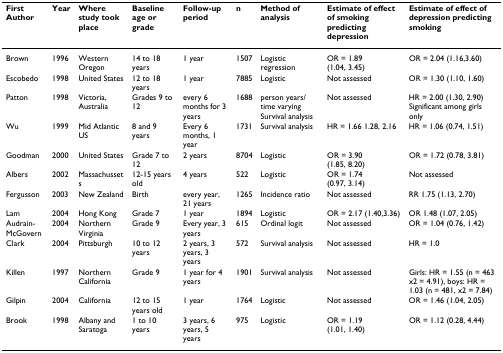
<table><thead><tr><td><b>First Author</b></td><td><b>Year</b></td><td><b>Where study took place</b></td><td><b>Baseline age or grade</b></td><td><b>Follow-up period</b></td><td><b>n</b></td><td><b>Method of analysis</b></td><td><b>Estimate of effect of smoking predicting depression</b></td><td><b>Estimate of effect of depression predicting smoking</b></td></tr></thead><tbody><tr><td>Brown</td><td>1996</td><td>Western Oregon</td><td>14 to 18 years</td><td>1 year</td><td>1507</td><td>Logistic regression</td><td>OR = 1.89 (1.04, 3.45)</td><td>OR = 2.04 (1.16,3.60)</td></tr><tr><td>Escobedo</td><td>1998</td><td>United States</td><td>12 to 18 years</td><td>1 year</td><td>7885</td><td>Logistic</td><td>Not assessed</td><td>OR = 1.30 (1.10, 1.60)</td></tr><tr><td>Patton</td><td>1998</td><td>Victoria, Australia</td><td>Grades 9 to 12</td><td>every 6 months for 3 years</td><td>1688</td><td>person years/time varying Survival analysis</td><td>Not assessed</td><td>HR = 2.00 (1.30, 2.90) Significant among girls only</td></tr><tr><td>Wu</td><td>1999</td><td>Mid Atlantic US</td><td>8 and 9 years</td><td>Every 6 months, 1 year</td><td>1731</td><td>Survival analysis</td><td>HR = 1.66 1.28, 2.16</td><td>HR = 1.06 (0.74, 1.51)</td></tr><tr><td>Goodman</td><td>2000</td><td>United States</td><td>Grade 7 to 12</td><td>2 years</td><td>8704</td><td>Logistic</td><td>OR = 3.90 (1.85, 8.20)</td><td>OR = 1.72 (0.78, 3.81)</td></tr><tr><td>Albers</td><td>2002</td><td>Massachussets</td><td>12-15 years old</td><td>4 years</td><td>522</td><td>Logistic</td><td>OR = 1.74 (0.97, 3.14)</td><td>Not assessed</td></tr><tr><td>Fergusson</td><td>2003</td><td>New Zealand</td><td>Birth</td><td>every year, 21 years</td><td>1265</td><td>Incidence ratio</td><td>Not assessed</td><td>RR 1.75 (1.13, 2.70)</td></tr><tr><td>Lam</td><td>2004</td><td>Hong Kong</td><td>Grade 7</td><td>1 year</td><td>1894</td><td>Logistic</td><td>OR = 2.17 (1.40,3.36)</td><td>OR 1.48 (1.07, 2.05)</td></tr><tr><td>Audrain-McGovern</td><td>2004</td><td>Northern Virginia</td><td>Grade 9</td><td>Every year, 3 years</td><td>615</td><td>Ordinal logit</td><td>Not assessed</td><td>OR = 1.04 (0.76, 1.42)</td></tr><tr><td>Clark</td><td>2004</td><td>Pittsburgh</td><td>10 to 12 years</td><td>2 years, 3 years, 3 years</td><td>572</td><td>Survival analysis</td><td>Not assessed</td><td>HR = 1.0</td></tr><tr><td>Killen</td><td>1997</td><td>Northern California</td><td>Grade 9</td><td>1 year for 4 years</td><td>1901</td><td>Survival analysis</td><td>Not assessed</td><td>Girls: HR = 1.55 (n = 463 x2 = 4.91), boys: HR = 1.03 (n = 481, x2 = 7.84)</td></tr><tr><td>Gilpin</td><td>2004</td><td>California</td><td>12 to 15 years old</td><td>1 year</td><td>1764</td><td>Logistic</td><td>Not assessed</td><td>OR = 1.46 (1.04, 2.05)</td></tr><tr><td>Brook</td><td>1998</td><td>Albany and Saratoga</td><td>1 to 10 years</td><td>3 years, 6 years, 5 years</td><td>975</td><td>Logistic</td><td>OR = 1.19 (1.01, 1.40)</td><td>OR = 1.12 (0.28, 4.44)</td></tr></tbody></table>